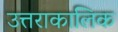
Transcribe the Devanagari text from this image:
उत्तराकालिक